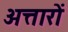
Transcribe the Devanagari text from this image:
अत्तारों